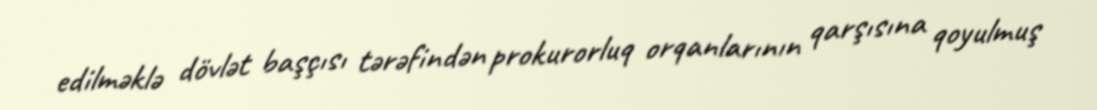
edilməklə dövlət başçısı tərəfindən prokurorluq orqanlarının qarşısına qoyulmuş